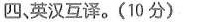
四、英汉互译。（10分）